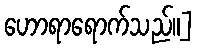
ဟောရာရောက်သည်။]